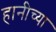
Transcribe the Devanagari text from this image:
हानीच्या